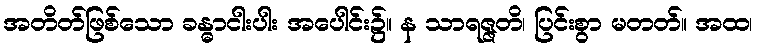
အတိတ်ဖြစ်သော ခန္ဓာငါးပါး အပေါင်း၌။ န သာရဇ္ဇတိ၊ ပြင်းစွာ မတတ်။ အထ၊